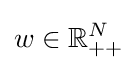
w\in \mathbb {R} _{++}^{N}